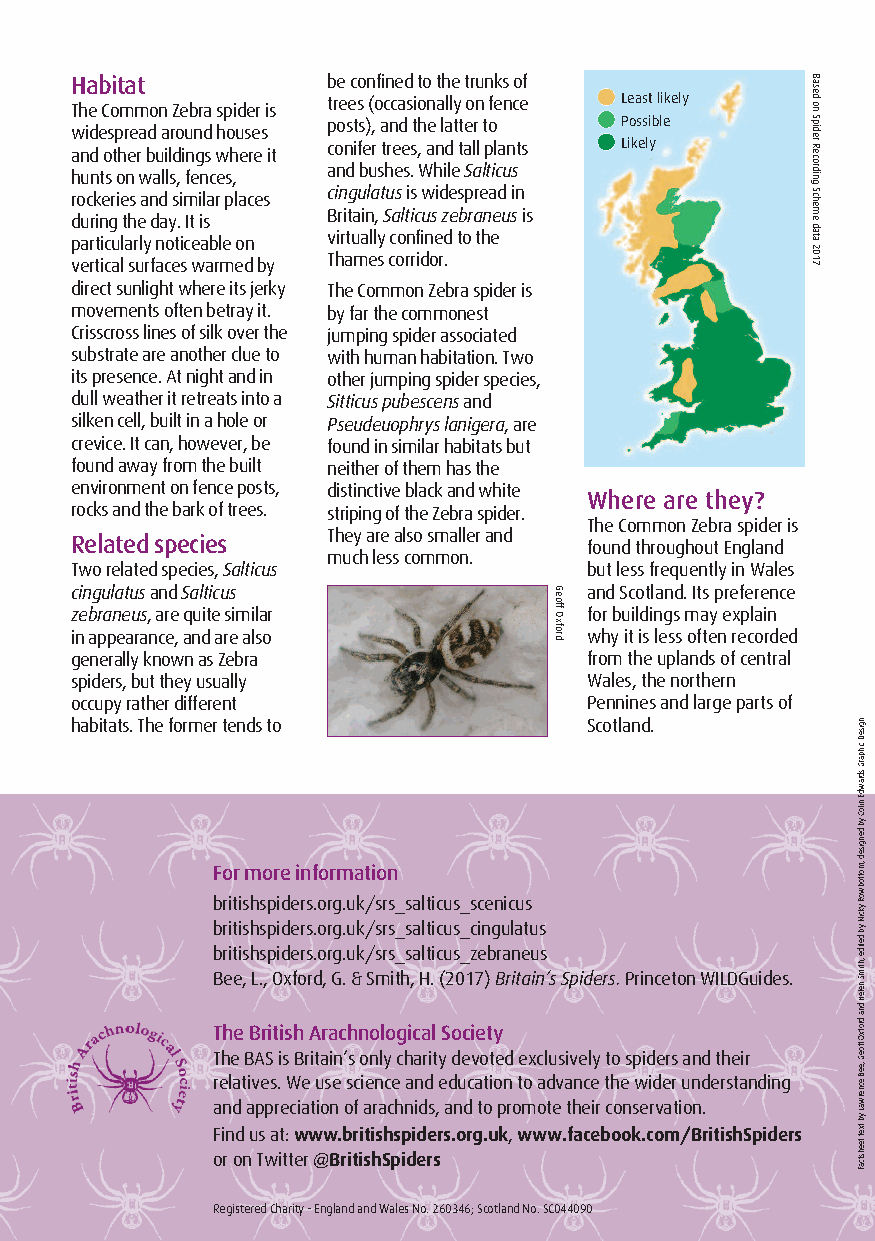
Habitat          be confined to the trunks of
 trees (occasionally on fence Least likely The Common Zebra spider is
 posts), and the latter to Possible
 widespread around houses
 conifer trees, and tall plants Likely and other buildings where it
 and bushes. While Salticus
 hunts on walls, fences,
 cingulatusis widespread in rockeries and similar places
 Britain, Salticus zebraneusis
 during the day. It is
 particularly noticeable on virtually confined to the
 vertical surfaces warmed by Thames corridor.
 direct sunlight where its jerky The Common Zebra spider is
 movements often betray it. by far the commonest
 Crisscross lines of silk over the jumping spider associated
 substrate are another clue to with human habitation. Two
 its presence. At night and in other jumping spider species,
 dull weather it retreats into a Sitticus pubescensand
 silken cell, built in a hole or Pseudeuophrys lanigera, are
 crevice. It can, however, be found in similar habitats but
 found away from the built neither of them has the
 environment on fence posts, distinctive black and white
 Where are they?
 rocks and the bark of trees. striping of the Zebra spider.
 The Common Zebra spider is
 Related species  They are also smaller and
 found throughout England
 much less common.
 Two related species, Salticus     but less frequently in Wales
 cingulatus andSalticus            and Scotland. Its preference
 zebraneus, are quite similar      for buildings may explain
 in appearance, and are also       why it is less often recorded
 generally known as Zebra          from the uplands of central
 spiders, but they usually         Wales, the northern
 occupy rather different           Pennines and large parts of
 habitats. The former tends to     Scotland.
 For more information
 britishspiders.org.uk/srs_salticus_scenicus
 britishspiders.org.uk/srs_salticus_cingulatus
 britishspiders.org.uk/srs_salticus_zebraneus
 Bee, L., Oxford, G. & Smith, H. (2017) Britain’s Spiders. Princeton WILDGuides.
 The British Arachnological Society
 The BAS is Britain’s only charity devoted exclusively to spiders and their
 relatives. We use science and education to advance the wider understanding
 and appreciation of arachnids, and to promote their conservation.
 Find us at: www.britishspiders.org.uk,www.facebook.com/BritishSpiders
 or on Twitter@BritishSpiders
 Registered Charity - England and Wales No. 260346; Scotland No. SC044090
 Geoff
 Oxford
 Based
 on
 Spider
 Recording
 Scheme
 data
 2017
 ngiseD
 cihparG
 sdrawdE
 niloC
 yb
 dengised
 ,mottobwoR
 ykciN
 yb
 detide
 ,htimS
 neleH
 dna
 drofxO
 ffoeG
 ,eeB
 ecnerwaL
 yb
 txet
 teehstcaF